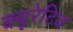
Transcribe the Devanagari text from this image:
क्यूरेटिव